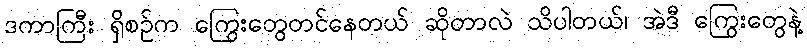
ဒကာကြီး ရှိစဉ်က ကြွေးတွေတင်နေတယ် ဆိုတာလဲ သိပါတယ်၊ အဲဒီ ကြွေးတွေနဲ့